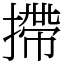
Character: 摕